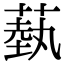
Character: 蓺